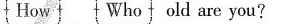
Howt Who told are you?